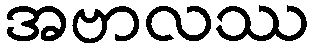
အဗာလဿ